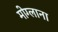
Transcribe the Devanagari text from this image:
मोग्लाना